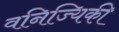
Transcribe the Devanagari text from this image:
वनिज्यिकी